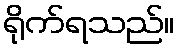
ရိုက်ရသည်။